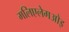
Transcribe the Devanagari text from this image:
मलिएलेगओइ